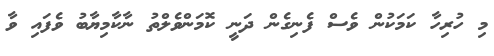
މި ހުރިހާ ކަމަކުން ވެސް ފެނިގެން ދަނީ ކޮމަންވެލްތު ނާކާމިޔާބު ވެފައި ވާ